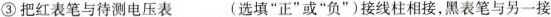
③把红表笔与待测电压表___(选填”正”或”负”)接线柱相接，黑表笔与另一接